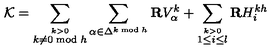
{ \cal K } = \sum _ { \stackrel { k > 0 } { k \neq 0 \bmod h } } \sum _ { \alpha \in \Delta ^ { k \bmod h } } { \bf R } V _ { \alpha } ^ { k } + \sum _ { \stackrel { k > 0 } { 1 \leq i \leq l } } { \bf R } H _ { i } ^ { k h }